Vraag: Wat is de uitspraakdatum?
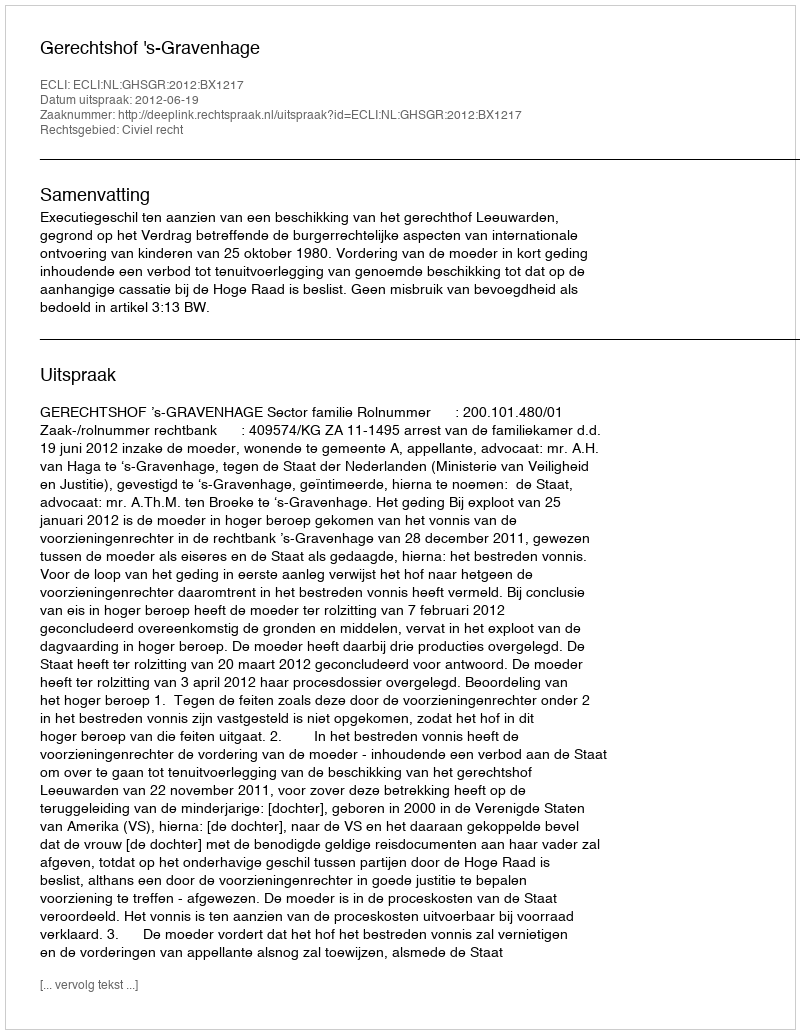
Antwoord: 2012-06-19